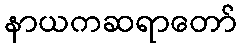
နာယကဆရာတော်